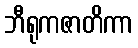
ဘီရုကဇာတိကာ